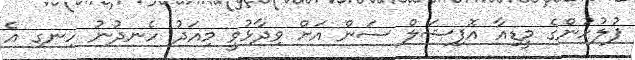
ފުލުހުންގެ މީޑިއާ އޮފިޝަލް ސަން އަށް ވިދާޅުވީ މިއަދު ހެނދުނު ހިނގި އެ